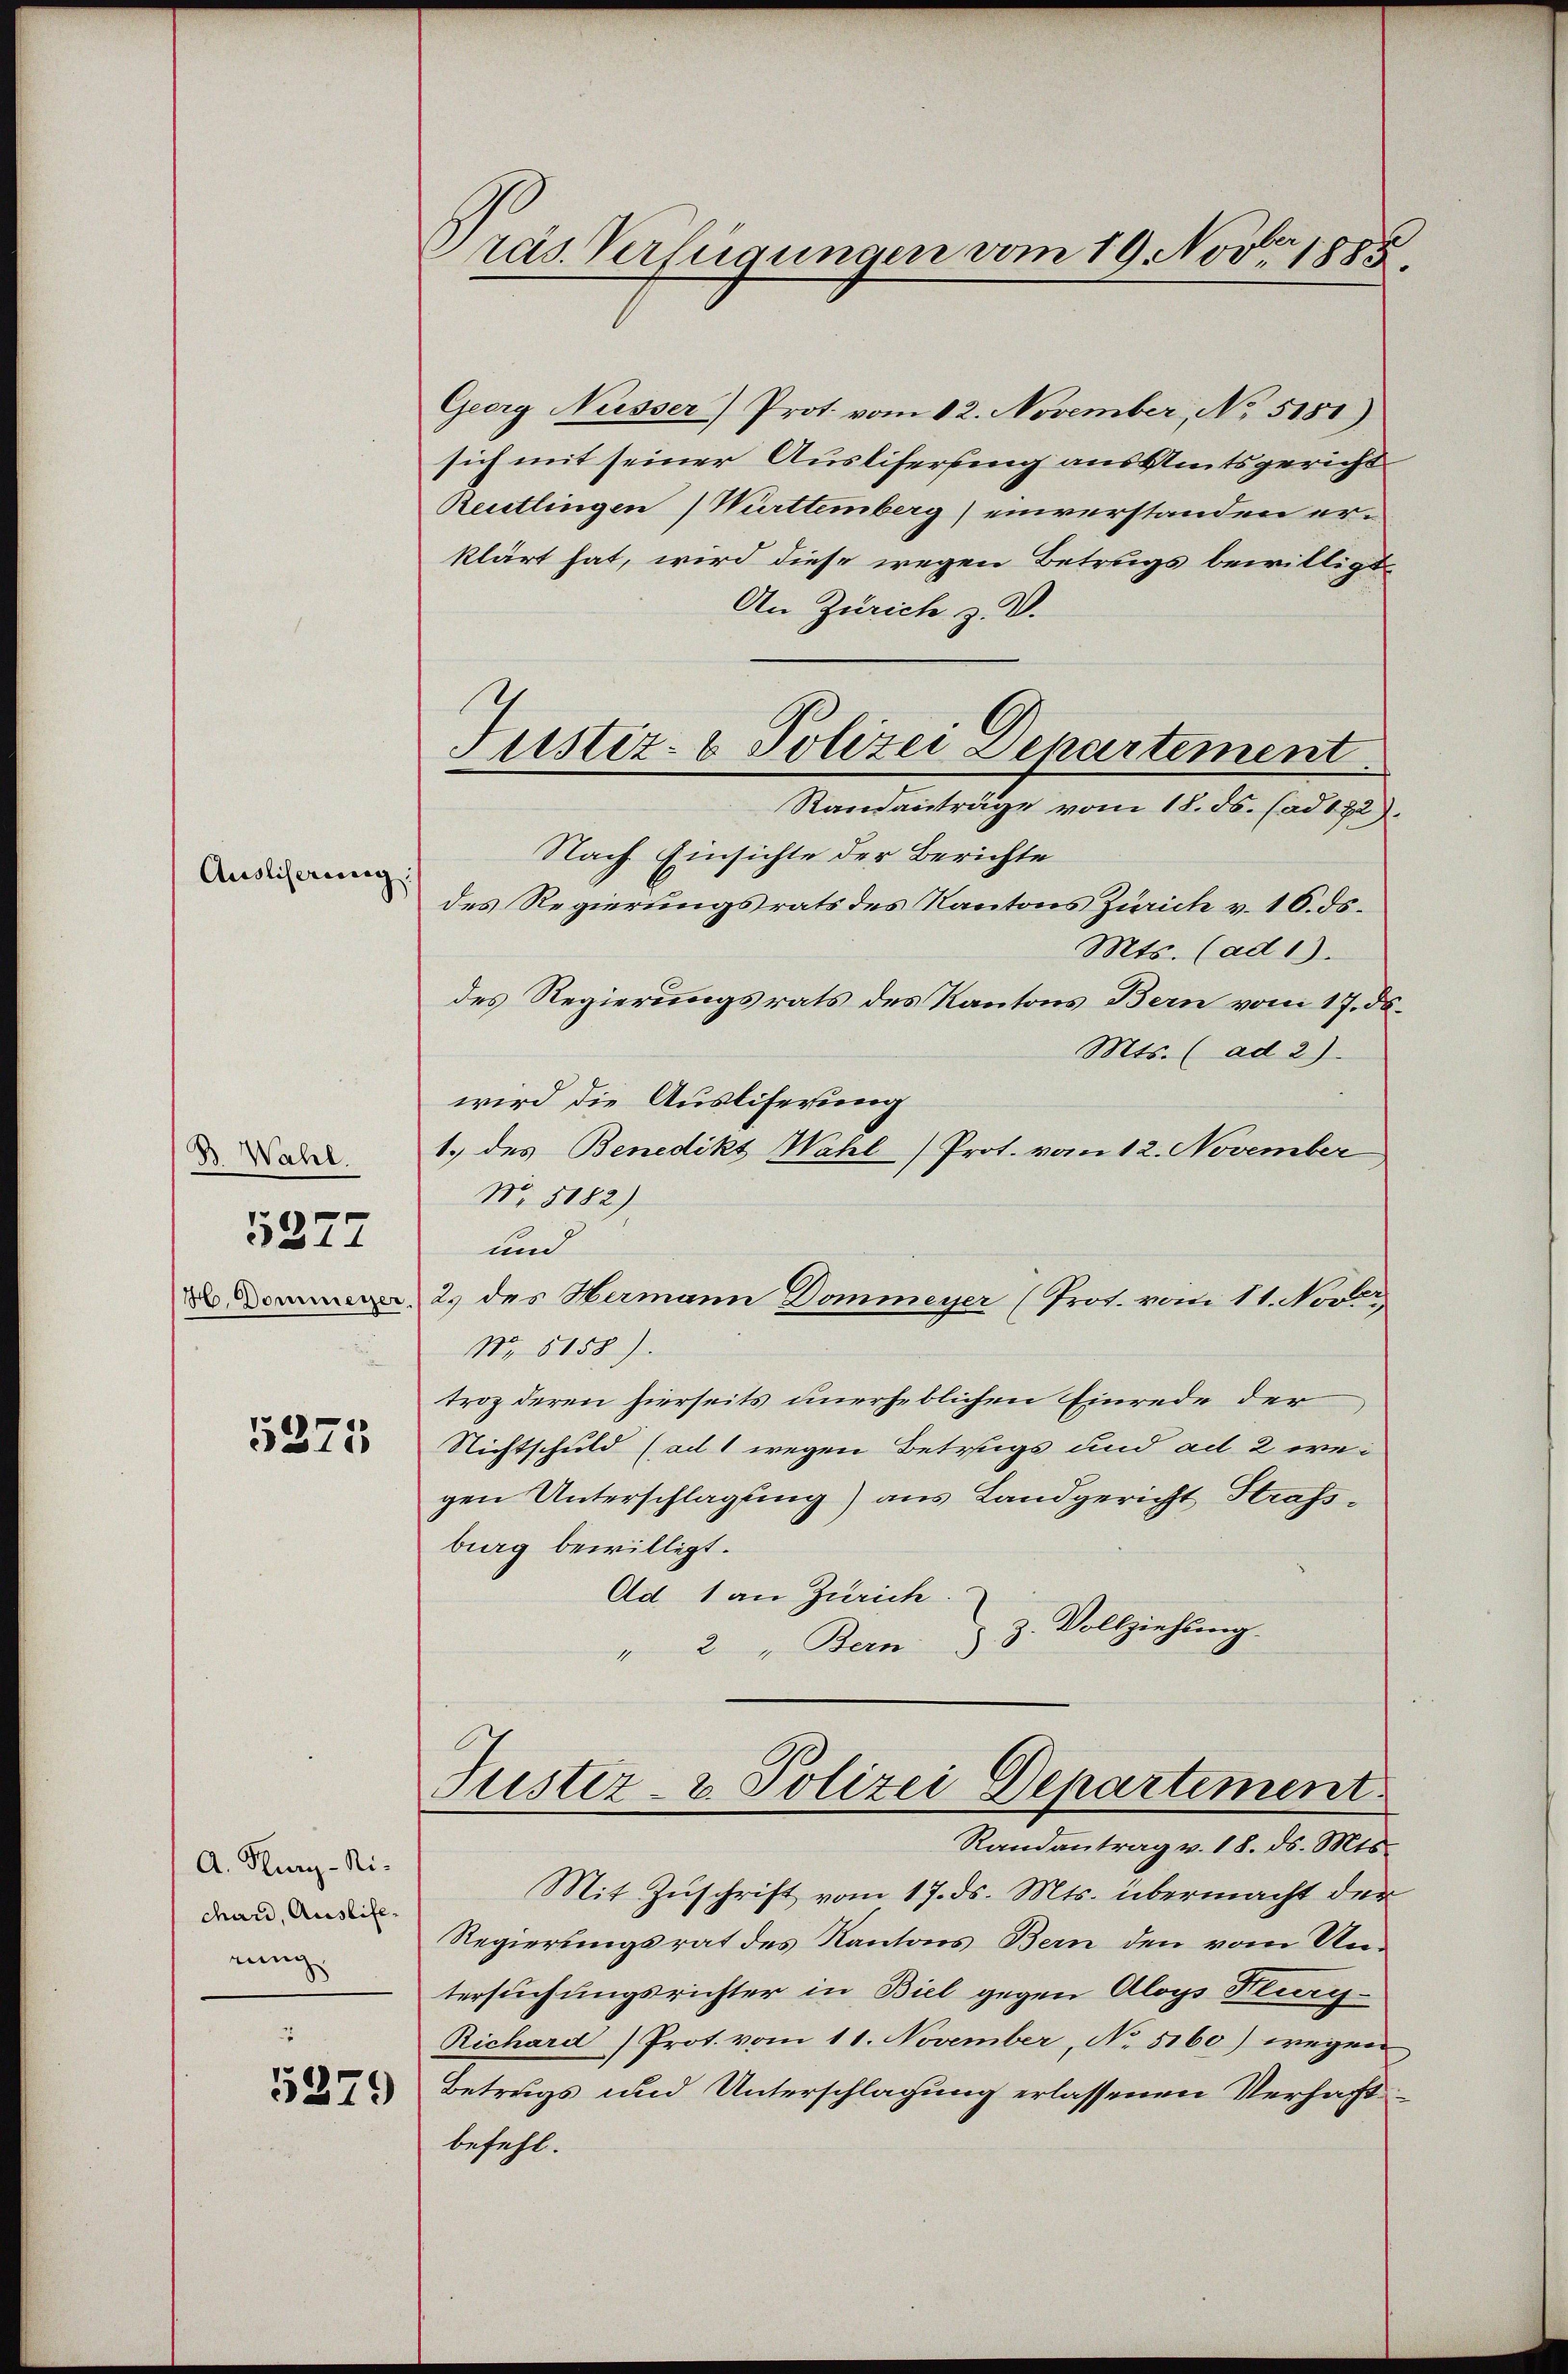
Ausliserung:

5277

B. Wahl.
H. Dommerzer.

5375

A. Kurg-Ni-
char, Auslierung
2
5279

Präs. Verfügungen vom 19. Nov. 1885.

Justiz- & Polizei Departement
Randantrage vom 18. ds. (ad 172).

Georg Nüsser) Prot. vom 12. November, No 5151)
sich mit seiner Auslifersung aus Amtsgericht
Reutlingen Württemberg) einverstanden er-
klärt hat, wird diese wegen Betrugs bewilligt
An Zürich z. V.
Nach Einsichte der Berichte
des Regierungsrats des Kantons Zürich v. 16. ds.
Mts. (ad 1).
des Regierungsrats des Kantons Bern vom 17. d.
Mts. (ad 2)
wird die Ausliferung
1. des Benedikt Wahl Prot. vom 12. November
No 5182).
und
2.) des Hermann Dommeyer (Prot. vom 11. Nover
No. 5158).
troz deren hierseits unerheblichen Einrede der
Nichtschuld (ad 1 wegen Betrags und ad 2 wegen Unterschlagung) aus Landgericht Strass-
burg bewilligt.
Ad 1 an Zürich.
" 2 " Bern z. Z. Vollziehung.

Tuster- u. Polizei Departement
Randantrag v. 18. ds. Mts.

Mit Zuschrift vom 17. ds. Mts. übermacht der
Regierungsrat des Kantons Bern den vom Untersuchungsrichter in Biel gegen Aloys Klag
Richard Prot. vom 11. November, No 5160) wegen
Betrugs und Unterschlagung erlassenen Verhaftbefehl.